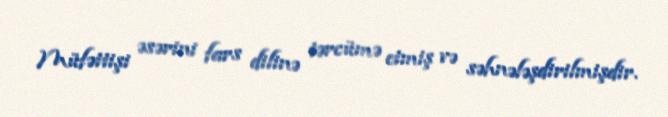
Müfəttişi əsərini fars dilinə tərcümə etmiş və səhnələşdirilmişdir.